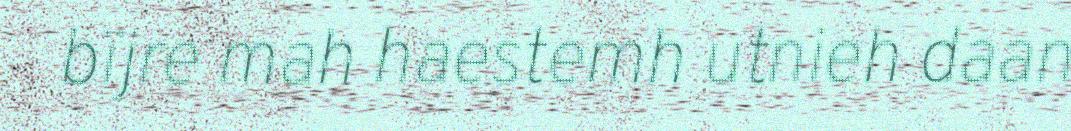
bïjre mah haestemh utnieh daan